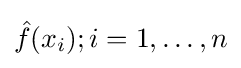
{\hat {f}}(x_{i});i=1,\ldots ,n